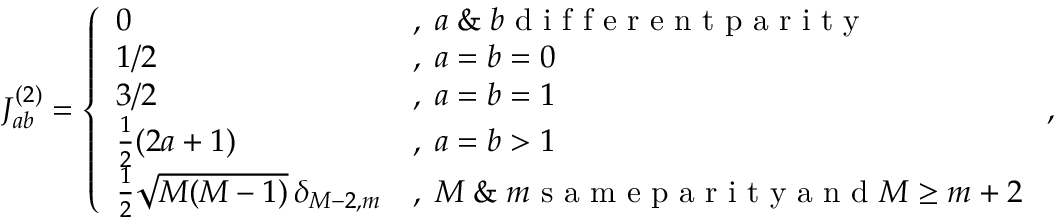
\begin{array} { r } { J _ { a b } ^ { ( 2 ) } = \left\{ \begin{array} { l l } { 0 } & { , \; a \; \& \; b \mathrm { ~ d ~ i ~ f ~ f ~ e ~ r ~ e ~ n ~ t ~ p ~ a ~ r ~ i ~ t ~ y ~ } } \\ { 1 / 2 } & { , \; a = b = 0 } \\ { 3 / 2 } & { , \; a = b = 1 } \\ { \frac 1 2 ( 2 a + 1 ) } & { , \; a = b > 1 } \\ { \frac 1 2 \sqrt { M ( M - 1 ) } \, \delta _ { M - 2 , m } } & { , \; M \; \& \; m \mathrm { ~ s ~ a ~ m ~ e ~ p ~ a ~ r ~ i ~ t ~ y ~ a ~ n ~ d ~ } M \ge m + 2 } \end{array} \right. , } \end{array}